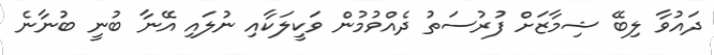
ދައުވާ ލިބޭ ޝިމާޒަށް ފުރުސަތު ދެއްވުމުން ވަކީލަކާއި ނުލައި އޭނާ ބުނީ ބުނާނެ